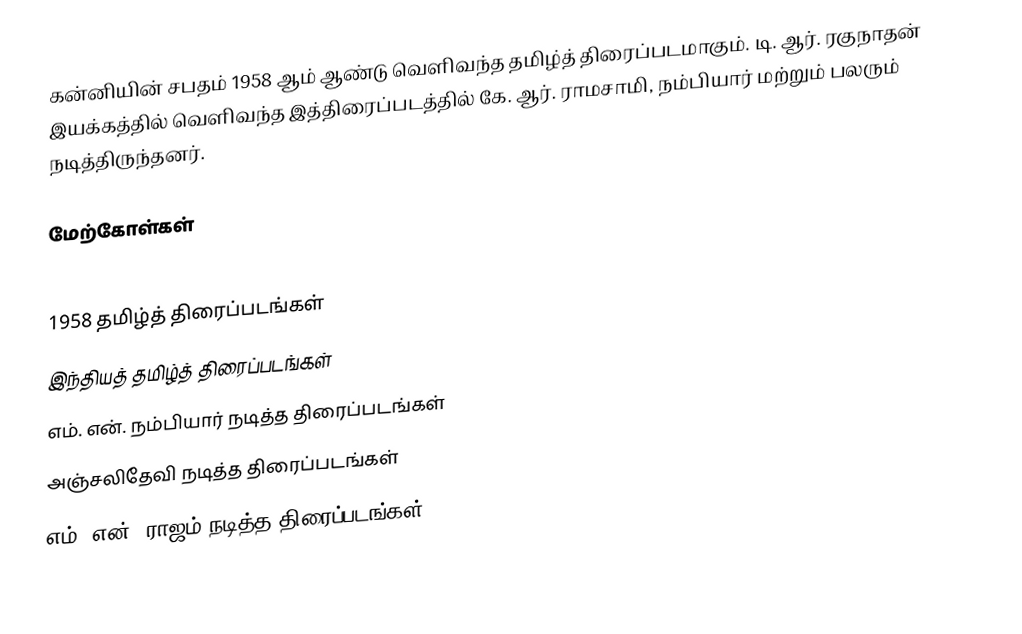
கன்னியின் சபதம் 1958 ஆம் ஆண்டு வெளிவந்த தமிழ்த் திரைப்படமாகும். டி. ஆர். ரகுநாதன் இயக்கத்தில் வெளிவந்த இத்திரைப்படத்தில் கே. ஆர். ராமசாமி, நம்பியார் மற்றும் பலரும் நடித்திருந்தனர்.

மேற்கோள்கள்

1958 தமிழ்த் திரைப்படங்கள்
இந்தியத் தமிழ்த் திரைப்படங்கள்
எம். என். நம்பியார் நடித்த திரைப்படங்கள்
அஞ்சலிதேவி நடித்த திரைப்படங்கள்
எம். என். ராஜம் நடித்த திரைப்படங்கள்